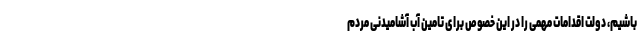
باشیم، دولت اقدامات مهمی را در این خصوص برای تامین آب آشامیدنی مردم